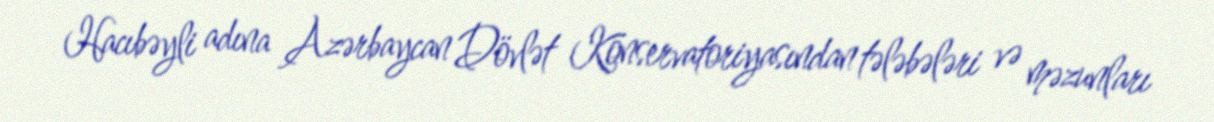
Hacıbəyli adına Azərbaycan Dövlət Konservatoriyasından tələbələri və məzunları